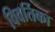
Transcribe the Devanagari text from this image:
विवर्तिका